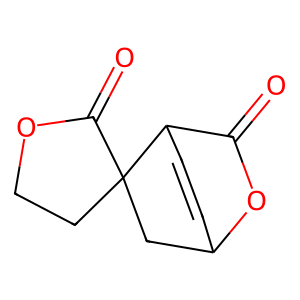
SMILES: O=C1OC2C=CC1C1(CCOC1=O)C2
Inhibits HIV replication: No